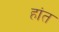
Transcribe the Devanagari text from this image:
हांत